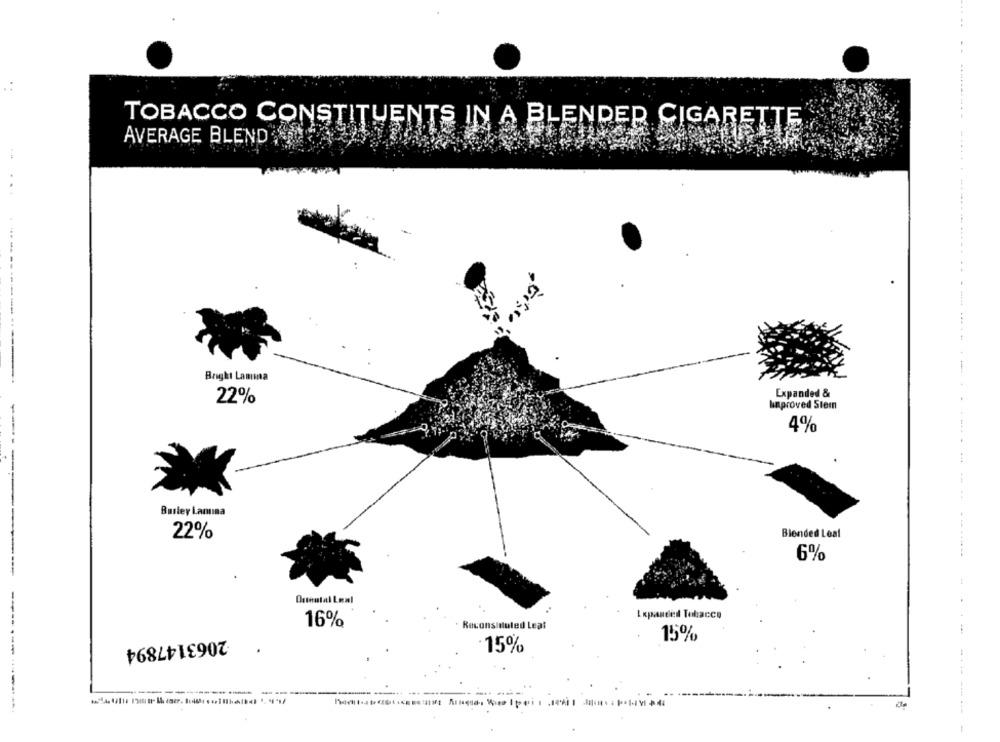
TOBACCO CONSTITUENTS IN A BLENDER CIGARETTE
AVERAGE BLEND
Bright Lamma
Expanded &
22%
haproved Stern
4%
Burley Lamina
22%
Blended Leal
6%
Onmental Leal
Expanded Tobacco
16%
Reconsiduled Leat
15%
2063147894
15%
de
-----------